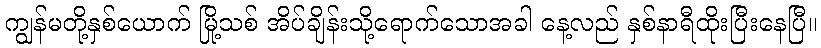
ကျွန်မတို့နှစ်ယောက် မြို့သစ် အိပ်ချိန်းသို့ရောက်သောအခါ နေ့လည် နှစ်နာရီထိုးပြီးနေပြီ။